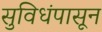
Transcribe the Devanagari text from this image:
सुविधंपासून